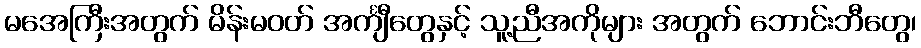
မအေကြီးအတွက် မိန်းမဝတ် အင်္ကျီတွေနှင့် သူ့ညီအကိုများ အတွက် ဘောင်းဘီတွေ၊